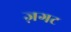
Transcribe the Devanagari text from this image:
ज़गट